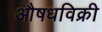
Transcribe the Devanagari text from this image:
औषधविक्री